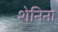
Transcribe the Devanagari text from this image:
शेनिना